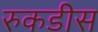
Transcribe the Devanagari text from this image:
रुकडीस